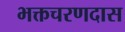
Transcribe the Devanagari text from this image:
भक्तचरणदास